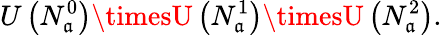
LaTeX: U\left(N_{\mathfrak{a}}^{0}\right)\timesU\left(N_{\mathfrak{a}}^{1}\right)\timesU\left(N_{\mathfrak{a}}^{2}\right).